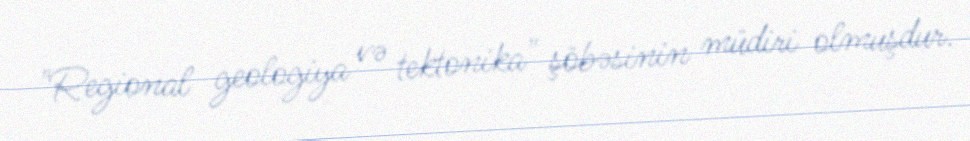
"Regional geologiya və tektonika" şöbəsinin müdiri olmuşdur.